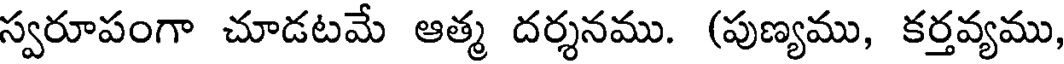
స్వరూపంగా చూడటమే ఆత్మ దర్శనము. (పుణ్యము, కర్తవ్యము,